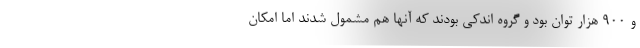
و ۹۰۰ هزار توان بود و گروه اندکی بودند که آنها هم مشمول شدند اما امکان